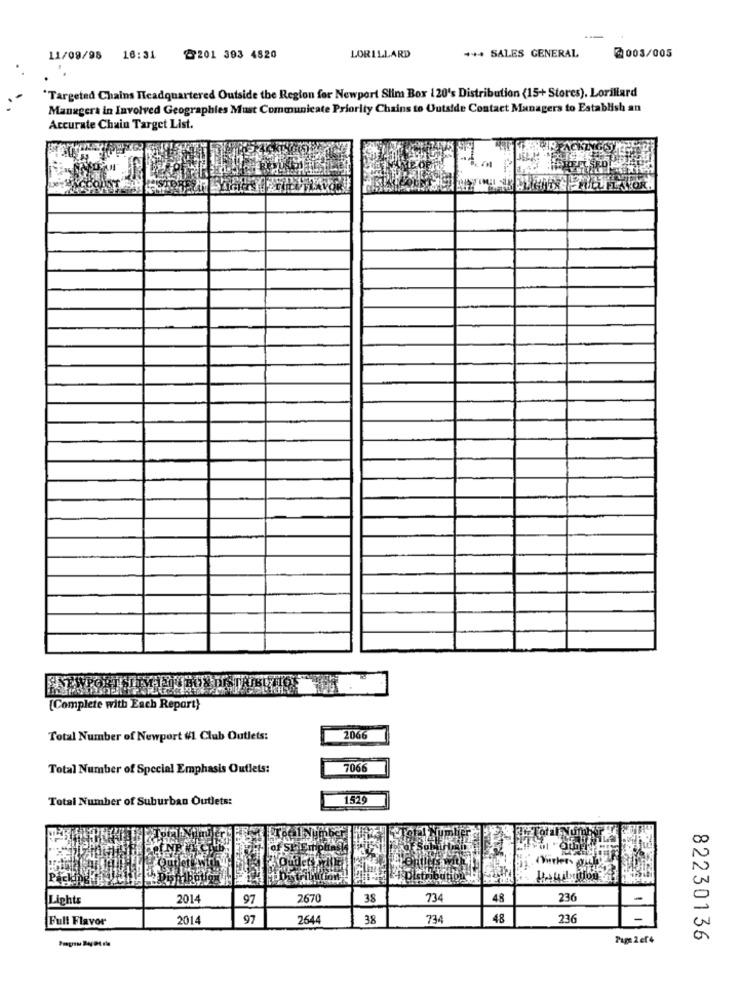
+++ SALES GENERAL
2003/005
11/09/98 16:31
@201 393 4820
LORILLARD
Targeted Chains Headquartered Outside the Region for Newport Slim Box 120's Distribution (15+ Stores). Lorillard
Managers in Involved Geographies Must Communicate Priority Chains to Outside Contact Managers to Establish an
Accurate Chain Target List.
[Complete with Each Repart}
Total Number of Newport #1 Club Outlets:
2066
Total Number of Special Emphasis Outlets:
7066
Total Number of Suburban Outlets:
1529
Lights
2014
97
2670
38
734
48
236
-
Full Flavor
2014
97
264
38
734
48
236
Page 2 ef4
82230136